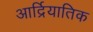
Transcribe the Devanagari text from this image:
आर्द्रियातिक